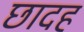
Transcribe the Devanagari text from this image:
छादह